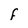
Character: F